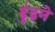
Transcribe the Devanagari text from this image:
ढु॑ढ्ने